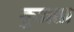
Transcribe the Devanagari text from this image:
कुजता